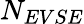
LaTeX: N_{EVSE}